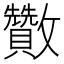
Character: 𣀹